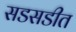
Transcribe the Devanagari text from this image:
सडसडीत